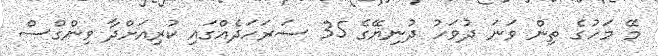
މޭ މަހުގެ ތިން ވަނަ ދުވަހު ދުނިޔޭގެ 35 ސަރަހަދެއްގައި ކުރިއަށްދާ ވިންގްސް